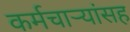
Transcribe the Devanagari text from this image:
कर्मचाऱ्यांसह